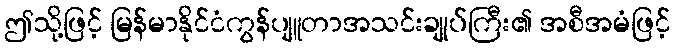
ဤသို့ဖြင့် မြန်မာနိုင်ငံကွန်ပျူတာအသင်းချုပ်ကြီး၏ အစီအမံဖြင့်